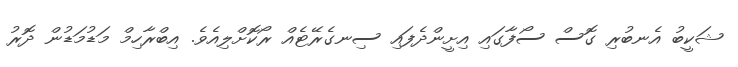
ޝަކީބު އެނބުރި ގޮސް ސޯފާގައި އިށީންދެފައި ސިނގެރޭޓެއް ރޯކޮށްލިއެވެ. އިބްރާހިމް މަޑުމަޑުން ދޮރު